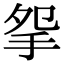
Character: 𢪸